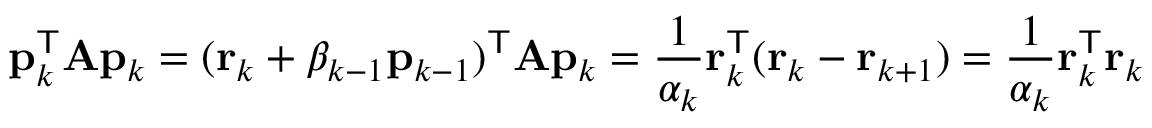
\mathbf { p } _ { k } ^ { \mathsf { T } } \mathbf { A } \mathbf { p } _ { k } = ( \mathbf { r } _ { k } + \beta _ { k - 1 } \mathbf { p } _ { k - 1 } ) ^ { \mathsf { T } } \mathbf { A } \mathbf { p } _ { k } = { \frac { 1 } { \alpha _ { k } } } \mathbf { r } _ { k } ^ { \mathsf { T } } ( \mathbf { r } _ { k } - \mathbf { r } _ { k + 1 } ) = { \frac { 1 } { \alpha _ { k } } } \mathbf { r } _ { k } ^ { \mathsf { T } } \mathbf { r } _ { k }